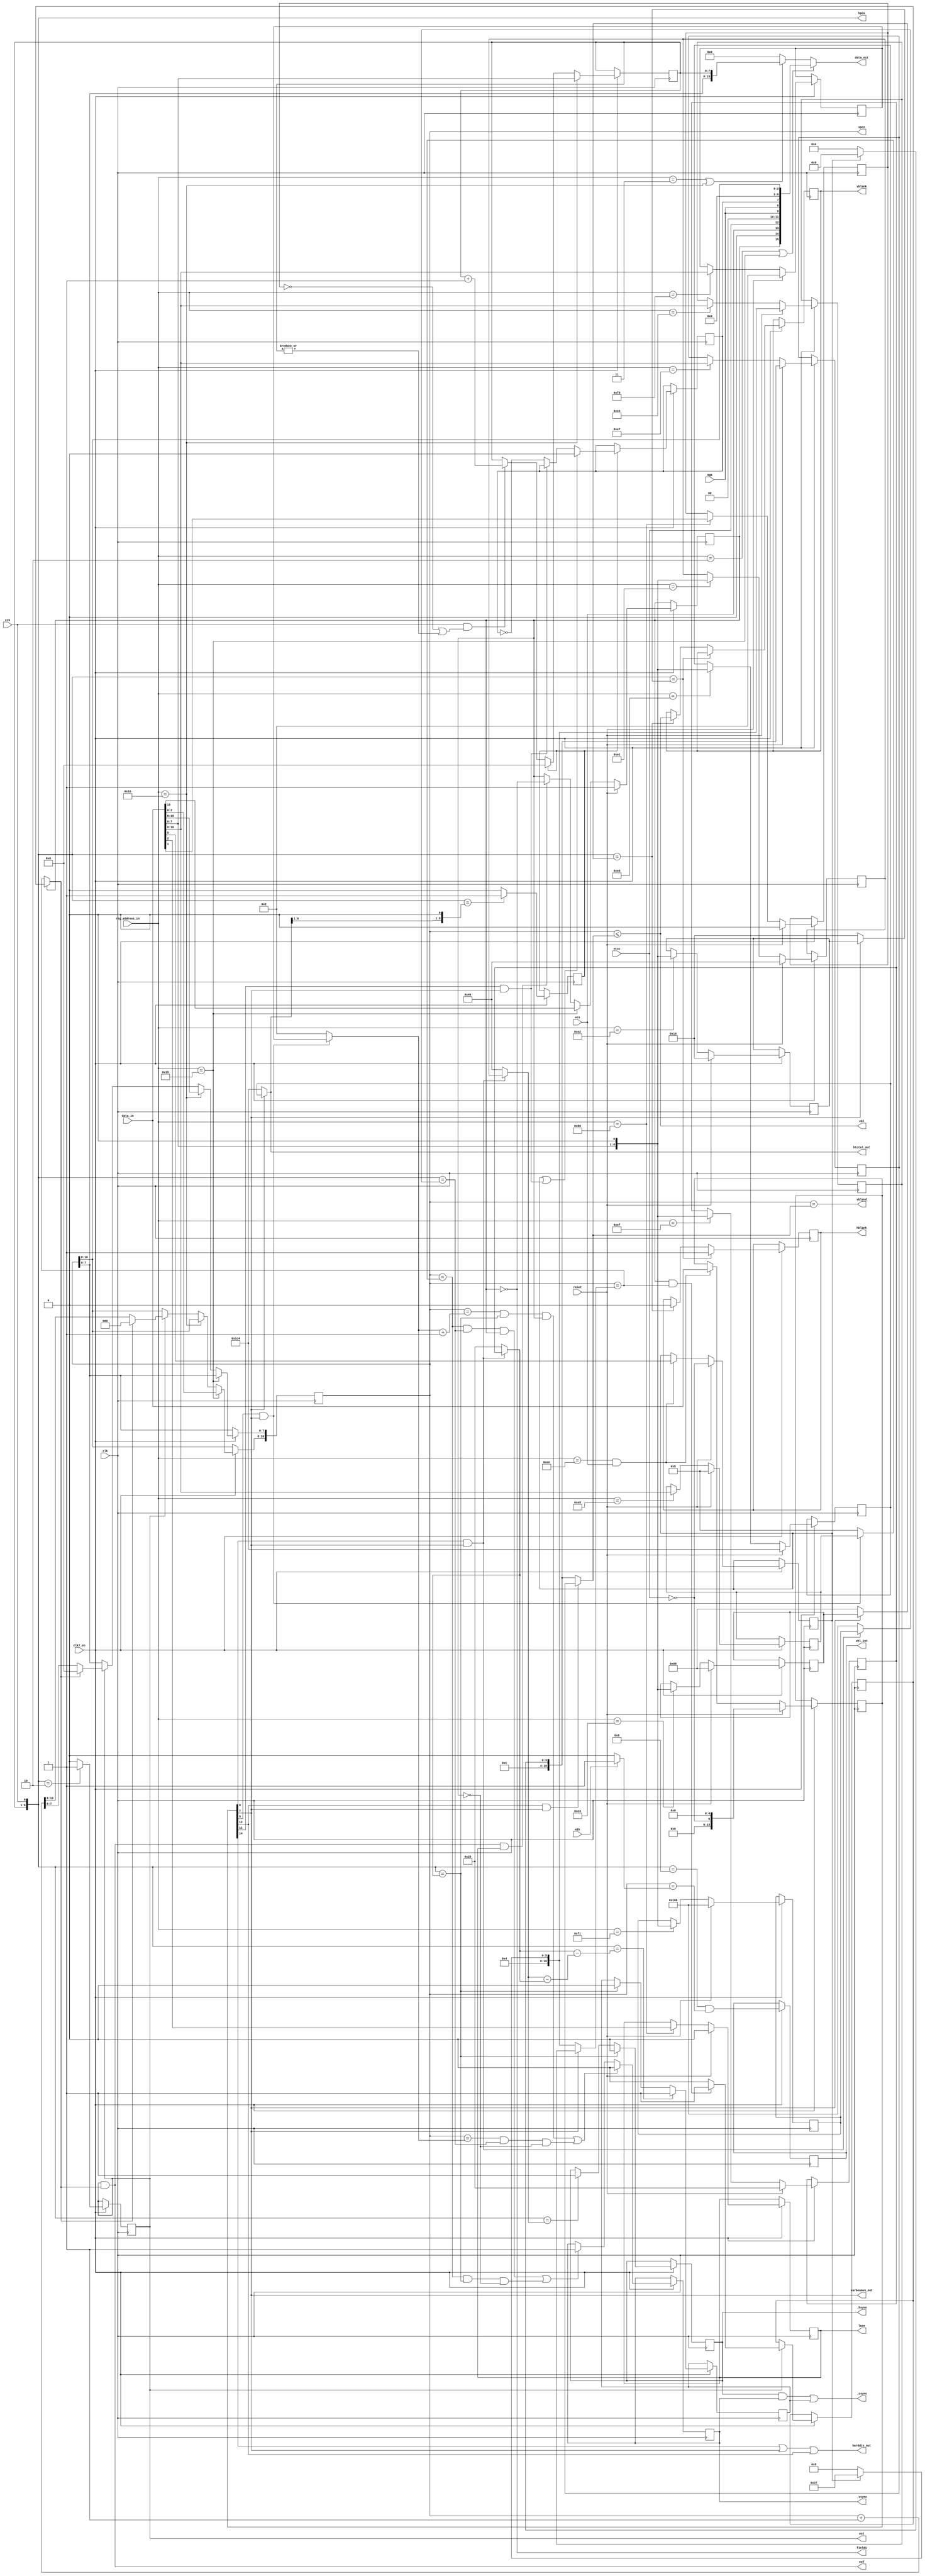
module agnus_beamcounter
(
	input	            clk,            // bus clock
	input             clk7_en,
	input	            reset,          // reset
	input	            cck,            // CCK clock
	input	            ntsc,           // NTSC mode switch
	input             aga,            
	input	            ecs,            // ECS enable switch
	input	            a1k,            // enable A1000 VBL interrupt timing
	input	     [15:0] data_in,        // bus data in
	output reg [15:0] data_out,       // bus data out
	input       [8:1] reg_address_in, // register address inputs
	output reg  [8:0] hpos,           // horizontal beam counter (140ns)
	output reg [10:0] vpos,           // vertical beam counter
	output reg        _hsync,         // horizontal sync
	output reg        _vsync,         // vertical sync
	output            field1,         // 
	output reg        lace,
	output            _csync,         // composite sync
	output reg        hblank,         // video blanking
	output reg        vblank,         // video blanking
	output            vbl,            // vertical blanking
	output            vblend,         // last line of vertival blanking
	output            eol,            // end of video line
	output            eof,            // end of video frame
	output reg        vbl_int,        // vertical interrupt request (for Paula)
	output      [8:0] htotal_out,     // video line length
	output            harddis_out,
	output            varbeamen_out
);

//register names and adresses		
parameter VPOSR    = 9'h004;
parameter VPOSW    = 9'h02A;
parameter VHPOSR   = 9'h006;
parameter VHPOSW   = 9'h02C;
parameter BPLCON0  = 9'h100;
parameter HTOTAL   = 9'h1C0;
parameter HSSTOP   = 9'h1C2;
parameter HBSTRT   = 9'h1C4;
parameter HBSTOP   = 9'h1C6;
parameter VTOTAL   = 9'h1C8;
parameter VSSTOP   = 9'h1CA;
parameter VBSTRT   = 9'h1CC;
parameter VBSTOP   = 9'h1CE;
parameter HSSTRT   = 9'h1DE;
parameter BEAMCON0 = 9'h1DC;
parameter VSSTRT   = 9'h1E0;
parameter HCENTER  = 9'h1E2;

parameter HBSTRT_VAL      = 17+4+4;          // horizontal blanking start
parameter HSSTRT_VAL      = 29+4+4;          // front porch = 1.6us (29)
parameter HSSTOP_VAL      = 63-1+4+4;        // hsync pulse duration = 4.7us (63)
parameter HBSTOP_VAL      = 103-5+4;         // back porch = 4.7us (103) shorter blanking for overscan visibility
parameter HCENTER_VAL     = 256+4+4;         // position of vsync pulse during the long field of interlaced screen
parameter VSSTRT_VAL      = 2;               // vertical sync start
parameter VSSTOP_VAL      = 5;               // PAL vsync width: 2.5 lines (NTSC: 3 lines - not implemented)
parameter VBSTRT_VAL      = 0;               // vertical blanking start
parameter HTOTAL_VAL      = 8'd227 - 8'd1;   // line length of 227 CCKs in PAL mode (NTSC line length of 227.5 CCKs is not supported)
parameter VTOTAL_PAL_VAL  = 11'd312 - 11'd1; // total number of lines (PAL: 312 lines, NTSC: 262)
parameter VTOTAL_NTSC_VAL = 11'd262 - 11'd1; // total number of lines (PAL: 312 lines, NTSC: 262)
parameter VBSTOP_PAL_VAL  = 9'd25;           // vertical blanking end (PAL 26 lines, NTSC vblank 21 lines)
parameter VBSTOP_NTSC_VAL = 9'd20;           // vertical blanking end (PAL 26 lines, NTSC vblank 21 lines)

//wire	[8:0] vbstop;		// vertical blanking stop

//beam position output signals
//assign	htotal = 8'd227 - 8'd1;                           // line length of 227 CCKs in PAL mode (NTSC line length of 227.5 CCKs is not supported)
//assign	vtotal = pal ? VTOTAL_PAL_VAL : VTOTAL_NTSC_VAL;  // total number of lines (PAL: 312 lines, NTSC: 262)
//assign	vbstop = pal ? VBSTOP_PAL_VAL : VBSTOP_NTSC_VAL;  // vertical blanking end (PAL 26 lines, NTSC vblank 21 lines)

//first visible line $1A (PAL) or $15 (NTSC)
//sprites are fetched on line $19 (PAL) or $14 (NTSC) - vblend signal used to tell Agnus to fetch sprites during the last vertical blanking line

//--------------------------------------------------------------------------------------

//beamcounter read registers VPOSR and VHPOSR
always @(*) begin
	if (reg_address_in[8:1]==VPOSR[8:1] || reg_address_in[8:1]==VPOSW[8:1])
		data_out[15:0] = {long_frame,1'b0,ecs,ntsc,2'b00,{2{aga}},long_line,4'b0000,vpos[10:8]};
	else if (reg_address_in[8:1]==VHPOSR[8:1] || reg_address_in[8:1]==VHPOSW[8:1])
		data_out[15:0] = {vpos[7:0],hpos[8:1]};
	else
		data_out[15:0] = 0;
end

// BEAMCON0 register
reg [15:0] beamcon0_reg;
always @ (posedge clk) begin
	if (clk7_en) begin
		if (reset)
			beamcon0_reg <= {10'b0, ~ntsc, 5'b0};
		else if ((reg_address_in[8:1] == BEAMCON0[8:1]) && ecs)
			beamcon0_reg <= data_in[15:0];
	end
end

wire harddis      = beamcon0_reg[14];
//wire lpendis      = beamcon0_reg[13];
wire varvben      = beamcon0_reg[12];
wire loldis       = beamcon0_reg[11];
//wire cscben       = beamcon0_reg[10];
wire varvsyen     = beamcon0_reg[ 9];
wire varhsyen     = beamcon0_reg[ 8];
wire varbeamen    = beamcon0_reg[ 7];
//wire displaydual  = beamcon0_reg[ 6];
//wire displaypal   = beamcon0_reg[ 5];
//wire varcsyen     = beamcon0_reg[ 4];
//wire blanken      = beamcon0_reg[ 3];
//wire csynctrue    = beamcon0_reg[ 2];
//wire vsynctrue    = beamcon0_reg[ 1];
//wire hsynctrue    = beamcon0_reg[ 0];


// write ERSY bit of bplcon0 register (External ReSYnchronization - genlock)
reg ersy;
always @(posedge clk) begin
	if (clk7_en) begin
		if (reset)
			ersy <= 1'b0;
		else if (reg_address_in[8:1] == BPLCON0[8:1])
			ersy <= data_in[1];
	end
end

//BPLCON0 register
always @(posedge clk) begin
	if (clk7_en) begin
		if (reset)
			lace <= 1'b0;
		else if (reg_address_in[8:1]==BPLCON0[8:1])
			lace <= data_in[2];
	end
end

//BEAMCON0 register
reg pal;	// pal mode switch
always @(posedge clk) begin
	if (clk7_en) begin
		if (reset)
			pal <= ~ntsc;
		else if (reg_address_in[8:1]==BEAMCON0[8:1] && ecs)
			pal <= data_in[5];
	end
end

// programmable display mode regs
reg [ 8:0] htotal_reg;
reg [ 8:0] hsstrt_reg;
reg [ 8:0] hsstop_reg;
reg [ 8:0] hcenter_reg;
reg [ 8:0] hbstrt_reg; // not correct size, this should have [10:0]
reg [ 8:0] hbstop_reg;
reg [10:0] vtotal_reg;
reg [10:0] vsstrt_reg;
reg [10:0] vsstop_reg;
//reg [10:0] vbstrt_reg;
reg [10:0] vbstop_reg;

always @ (posedge clk) begin
	if (clk7_en) begin
		if (reset) begin
			htotal_reg  <= HTOTAL_VAL << 1;
			hsstrt_reg  <= HSSTRT_VAL[8:0];
			hsstop_reg  <= HSSTOP_VAL[8:0];
			hcenter_reg <= HCENTER_VAL[8:0];
			hbstrt_reg  <= HBSTRT_VAL[8:0];
			hbstop_reg  <= HBSTOP_VAL[8:0];
			vtotal_reg  <= pal ? VTOTAL_PAL_VAL : VTOTAL_NTSC_VAL;
			vsstrt_reg  <= VSSTRT_VAL[10:0];
			vsstop_reg  <= VSSTOP_VAL[10:0];
			//vbstrt_reg  <= VBSTRT_VAL[10:0];
			vbstop_reg  <= pal ? VBSTOP_PAL_VAL : VBSTOP_NTSC_VAL;
		end else begin
			case (reg_address_in[8:1])
				HTOTAL [8:1] : htotal_reg  <= {data_in[ 7:0], 1'b0};
				HSSTRT [8:1] : hsstrt_reg  <= {data_in[ 7:0], 1'b0};
				HSSTOP [8:1] : hsstop_reg  <= {data_in[ 7:0], 1'b0};
				HCENTER[8:1] : hcenter_reg <= {data_in[ 7:0], 1'b0};
				HBSTRT [8:1] : hbstrt_reg  <= {data_in[ 7:0], 1'b0}; // TODO fix this
				HBSTOP [8:1] : hbstop_reg  <= {data_in[ 7:0], 1'b0};
				VTOTAL [8:1] : vtotal_reg  <= {data_in[10:0]};
				VSSTRT [8:1] : vsstrt_reg  <= {data_in[10:0]};
				VSSTOP [8:1] : vsstop_reg  <= {data_in[10:0]};
				//VBSTRT [8:1] : vbstrt_reg  <= {data_in[10:0]};
				VBSTOP [8:1] : vbstop_reg  <= {data_in[10:0]};
			endcase
		end
	end
end

// programmable display mode values
wire [ 8:0] htotal  =             varbeamen ? htotal_reg  : HTOTAL_VAL << 1; // line length of 227 CCKs in PAL mode (NTSC line length of 227.5 CCKs is not supported)
wire [ 8:0] hsstrt  = varhsyen && varbeamen ? hsstrt_reg  : HSSTRT_VAL[8:0];
wire [ 8:0] hsstop  = varhsyen && varbeamen ? hsstop_reg  : HSSTOP_VAL[8:0];
wire [ 8:0] hcenter = varhsyen && varbeamen ? hcenter_reg : HCENTER_VAL[8:0];
wire [ 8:0] hbstrt  =             varbeamen ? hbstrt_reg  : HBSTRT_VAL[8:0];
wire [ 8:0] hbstop  =             varbeamen ? hbstop_reg  : HBSTOP_VAL[8:0];
wire [10:0] vtotal  =             varbeamen ? vtotal_reg  : pal ? VTOTAL_PAL_VAL : VTOTAL_NTSC_VAL;
wire [10:0] vsstrt  = varvsyen && varbeamen ? vsstrt_reg  : VSSTRT_VAL[10:0];
wire [10:0] vsstop  = varvsyen && varbeamen ? vsstop_reg  : VSSTOP_VAL[10:0];
//wire [10:0] vbstrt  = varvben  && varbeamen ? vbstrt_reg  : VBSTRT_VAL[10:0];
wire [10:0] vbstop  = varvben  && varbeamen ? vbstop_reg  : pal ? VBSTOP_PAL_VAL : VBSTOP_NTSC_VAL;

assign htotal_out    = htotal;
assign harddis_out   = harddis || varbeamen || varvben;
assign varbeamen_out = varbeamen;


//--------------------------------------------------------------------------------------//
//                                                                                      //
//   HORIZONTAL BEAM COUNTER                                                            //
//                                                                                      //
//--------------------------------------------------------------------------------------//

//generate start of line signal
reg end_of_line;
always @(posedge clk) begin
	if (clk7_en) begin
		if (hpos[8:0]=={htotal[8:1],1'b0})
			end_of_line <= 1'b1;
		else
			end_of_line <= 1'b0;
	end
end

// horizontal beamcounter
always @(posedge clk) begin
	if (clk7_en) begin
		if (reg_address_in[8:1]==VHPOSW[8:1])
			hpos[8:1] <= data_in[7:0]; 
		else if (end_of_line)
			hpos[8:1] <= 0;
		else if (cck && (~ersy || |hpos[8:1]))
			hpos[8:1] <= hpos[8:1] + 1'b1;
	end
end

always @(cck) hpos[0] = cck;

//long line signal (not used, only for better NTSC compatibility)
reg long_line;	 // long line signal for NTSC compatibility (actually long lines are not supported yet)
always @(posedge clk) begin
	if (clk7_en) begin
		if (end_of_line)
			if (pal || (loldis && varbeamen))
				long_line <= 1'b0;
			else if (!(loldis && varbeamen))
				long_line <= ~long_line;
	end
end

//--------------------------------------------------------------------------------------//
//                                                                                      //
//   VERTICAL BEAM COUNTER                                                              //
//                                                                                      //
//--------------------------------------------------------------------------------------//

//vertical counter increase
reg vpos_inc; // increase vertical position counter
always @(posedge clk) begin
	if (clk7_en) begin
		if (hpos==2) //actual chipset works in this way
			vpos_inc <= 1'b1;
		else
			vpos_inc <= 1'b0;
	end
end

//external signals assigment
assign eol = vpos_inc;

//vertical position counter
//vpos changes after hpos equals 3
always @(posedge clk) begin
	if (clk7_en) begin
		if (reg_address_in[8:1]==VPOSW[8:1])
			vpos[10:8] <= data_in[2:0];
		else if (reg_address_in[8:1]==VHPOSW[8:1])
			vpos[7:0] <= data_in[15:8];
		else if (vpos_inc)
			if (last_line)
				vpos <= 0;
			else
				vpos <= vpos + 1'b1;
	end
end

// long_frame - long frame signal used in interlaced mode
reg long_frame; // 1 : long frame (313 lines); 0 : normal frame (312 lines)
always @(posedge clk) begin
	if (clk7_en) begin
		if (reset)
			long_frame <= 1'b1;
		else if (reg_address_in[8:1]==VPOSW[8:1])
			long_frame <= data_in[15];
		else if (end_of_frame && lace) // interlace
			long_frame <= ~long_frame;
	end
end

//maximum position of vertical beam position
wire vpos_equ_vtotal = (vpos==vtotal); // vertical beam counter is equal to its maximum count (in interlaced mode it counts one line more)

//extra line in interlaced mode	
reg extra_line; // extra line (used in interlaced mode)
always @(posedge clk) begin
	if (clk7_en) begin
		if (vpos_inc)
			if (long_frame && vpos_equ_vtotal)
				extra_line <= 1'b1;
			else
				extra_line <= 1'b0;
	end
end

//in non-interlaced display the last line is equal to vtotal or vtotal+1 (depends on long_frame)
//in interlaced mode every second frame is vtotal+1 long
wire last_line = long_frame ? extra_line : vpos_equ_vtotal;

assign field1 = ~long_frame;

//generate end of frame signal
wire end_of_frame = vpos_inc & last_line;

//external signal assigment
assign eof = end_of_frame;

always @(posedge clk) if (clk7_en) vbl_int <= hpos==8 && vpos==(a1k ? 1 : 0); // OCS AGNUS CHIPS 8361/8367 assert vbl int in line #1

//--------------------------------------------------------------------------------------//
//                                                                                      //
//  VIDEO SYNC GENERATOR                                                                //
//                                                                                      //
//--------------------------------------------------------------------------------------//

//horizontal sync
always @(posedge clk) begin
	if (clk7_en) begin
		if (hpos==hsstrt)//start of sync pulse (front porch = 1.69us)
			_hsync <= 1'b0;
		else if (hpos==hsstop)//end of sync pulse (sync pulse = 4.65us)
			_hsync <= 1'b1;
	end
end

//vertical sync and vertical blanking
// PAL: Long field Vsync line 3 - 5.5, Short field: line 2.5 - 5
always @(posedge clk) begin
	if (clk7_en) begin
		if ((vpos==vsstrt+1 && hpos==hsstrt && long_frame) || (vpos==vsstrt && hpos==hcenter && !long_frame))
			_vsync <= 1'b0;
		else if ((vpos==vsstop && hpos==hcenter && long_frame) || (vpos==vsstop && hpos==hsstrt && !long_frame))
			_vsync <= 1'b1;		
	end
end

//apparently generating csync from vsync alligned with leading edge of hsync results in malfunction of the AD724 CVBS/S-Video encoder (no colour in interlaced mode)
//to overcome this limitation semi (only present before horizontal sync pulses) vertical sync serration pulses are inserted into csync
reg vser; // vertical sync serration pulses for composite sync
always @(posedge clk) begin //sync
	if (clk7_en) begin
		if (hpos==hsstrt-(hsstop-hsstrt))//start of sync pulse (front porch = 1.69us)
			vser <= 1'b1;
		else if (hpos==hsstrt)//end of sync pulse	(sync pulse = 4.65us)
			vser <= 1'b0;
	end
end

//composite sync
assign _csync = _hsync & _vsync | vser; //composite sync with serration pulses

//--------------------------------------------------------------------------------------//
//                                                                                      //
//  VIDEO BLANKING GENERATOR                                                            //
//                                                                                      //
//--------------------------------------------------------------------------------------//

/*
//vertical blanking
reg vbl_reg;
always @ (posedge clk) begin
  if (reset)
    vbl_reg <= 1'b0;
  else if (vpos == vbstrt)
    vbl_reg <= 1'b1;
  else if (vpos == vbstop)
    vbl_reg <= 1'b0;
end

assign vbl = vbl_reg; // TODO
*/

assign vbl = (vpos <= vbstop);

//vertical blanking end (last line)
assign vblend = vpos==vbstop;

//composite display blanking
always @(posedge clk) begin
	if (clk7_en) begin
		if (hpos==hbstrt)//start of blanking (active line=51.88us)
			hblank <= 1;
		else if (hpos==hbstop) begin //end of blanking (back porch=5.78us)
			vblank <= vbl;
			hblank <= 0;
		end
	end
end

endmodule